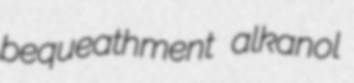
bequeathment alkanol